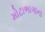
મોટાભાગાના